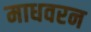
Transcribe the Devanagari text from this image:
माधवरन